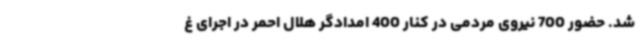
شد. حضور 700 نیروی مردمی در کنار 400 امدادگر هلال احمر در اجرای غ